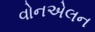
વોનએલન